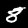
Digit: 8